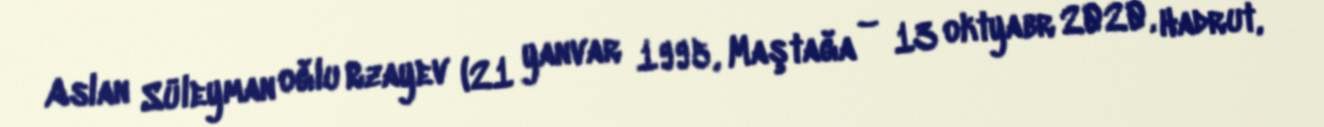
Aslan Süleyman oğlu Rzayev (21 yanvar 1995, Maştağa – 13 oktyabr 2020, Hadrut,